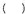
( )